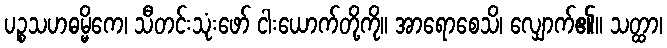
ပဉ္စသဟဓမ္မိကေ၊ သီတင်းသုံးဖော် ငါးယောက်တို့ကို။ အာရောစေသိ၊ လျှောက်၏။ သတ္ထာ၊